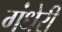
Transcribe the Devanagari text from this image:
गंधेरी